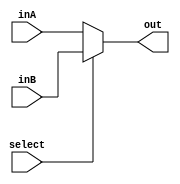
module mux2to1 #(parameter n=64)(inA,inB,select,out);
input [n-1:0]inA;
input [n-1:0]inB;
input select;
output reg [n-1:0]out;

always@(inA,inB,select)
begin
if(select==1'b0)
  out<=inA;
else 
  out<=inB;



end









endmodule